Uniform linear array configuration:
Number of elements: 16
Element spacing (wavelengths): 0.5
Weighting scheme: uniform
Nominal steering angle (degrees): -15
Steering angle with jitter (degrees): -13.344
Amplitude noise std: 0.05
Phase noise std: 0.05

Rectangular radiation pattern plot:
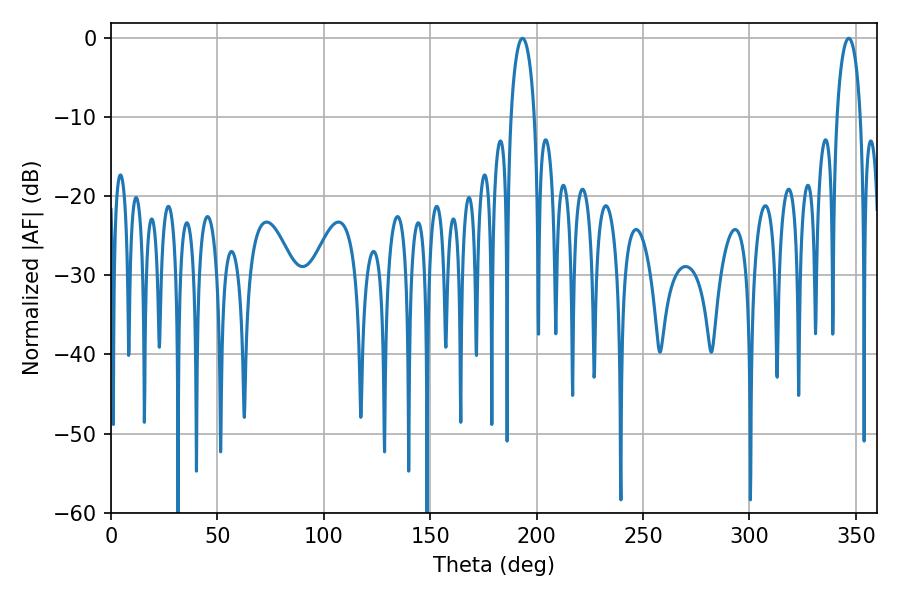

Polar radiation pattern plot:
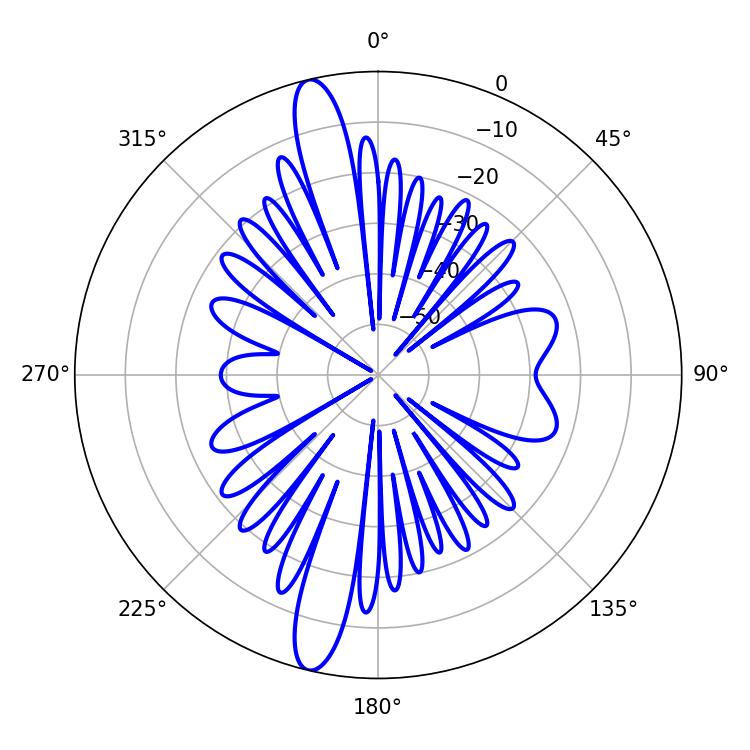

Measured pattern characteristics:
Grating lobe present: FALSE
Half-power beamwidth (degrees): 6.3
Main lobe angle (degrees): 193.32